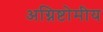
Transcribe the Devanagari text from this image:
अग्निष्टोमीय